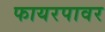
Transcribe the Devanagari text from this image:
फायरपावर